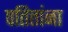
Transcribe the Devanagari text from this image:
पतितांना